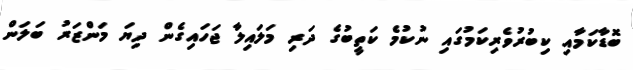
ބޮޑާކަމާއި ކިބުރުވެރިކަމުގައި ނުކުމެ ކަތީބުގެ ދަރި މަލައިލާ ޖަހައިގެން ދިޔަ މަންޒަރު ބަލަން